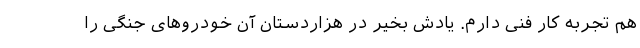
هم تجربه کار فنی دارم. یادش بخیر در هزاردستان آن خودروهای‌ جنگی را